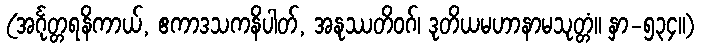
(အင်္ဂုတ္တရနိကာယ်, ဧကာဒသကနိပါတ်, အနုဿတိဝဂ်၊ ဒုတိယမဟာနာမသုတ္တံ။ နှာ-၅၃၄။)